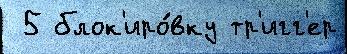
 5 блок'иро́вку тр'игг'ер